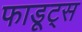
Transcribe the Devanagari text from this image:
फाडूट्स